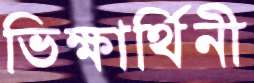
ভিক্ষার্থিনী